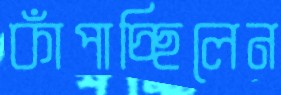
কাঁপাচ্ছিলেন